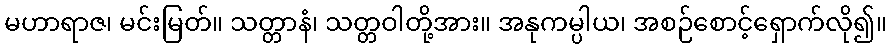
မဟာရာဇ၊ မင်းမြတ်။ သတ္တာနံ၊ သတ္တဝါတို့အား။ အနုကမ္ပါယ၊ အစဉ်စောင့်ရှောက်လို၍။